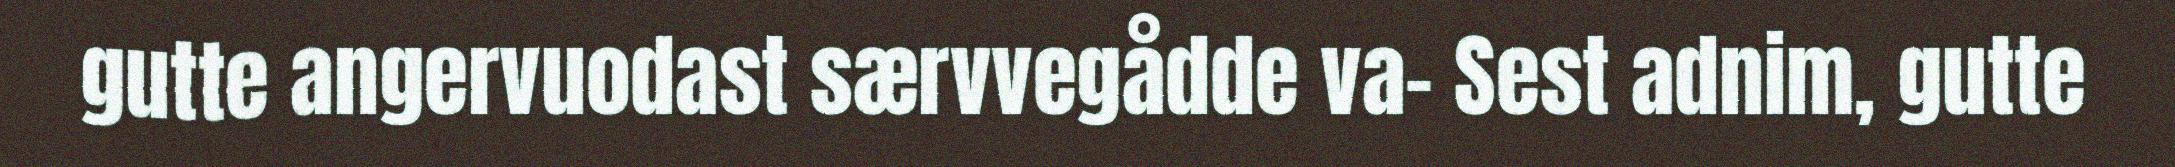
gutte angervuodast særvvegådde va- Sest adnim, gutte